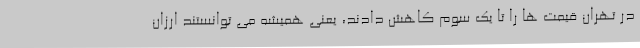
در تهران قیمت ها را تا یک سوم کاهش دادند، یعنی همیشه می توانستند ارزان